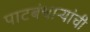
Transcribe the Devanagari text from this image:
पाटबंधाऱ्यांची